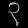
Digit: ၃